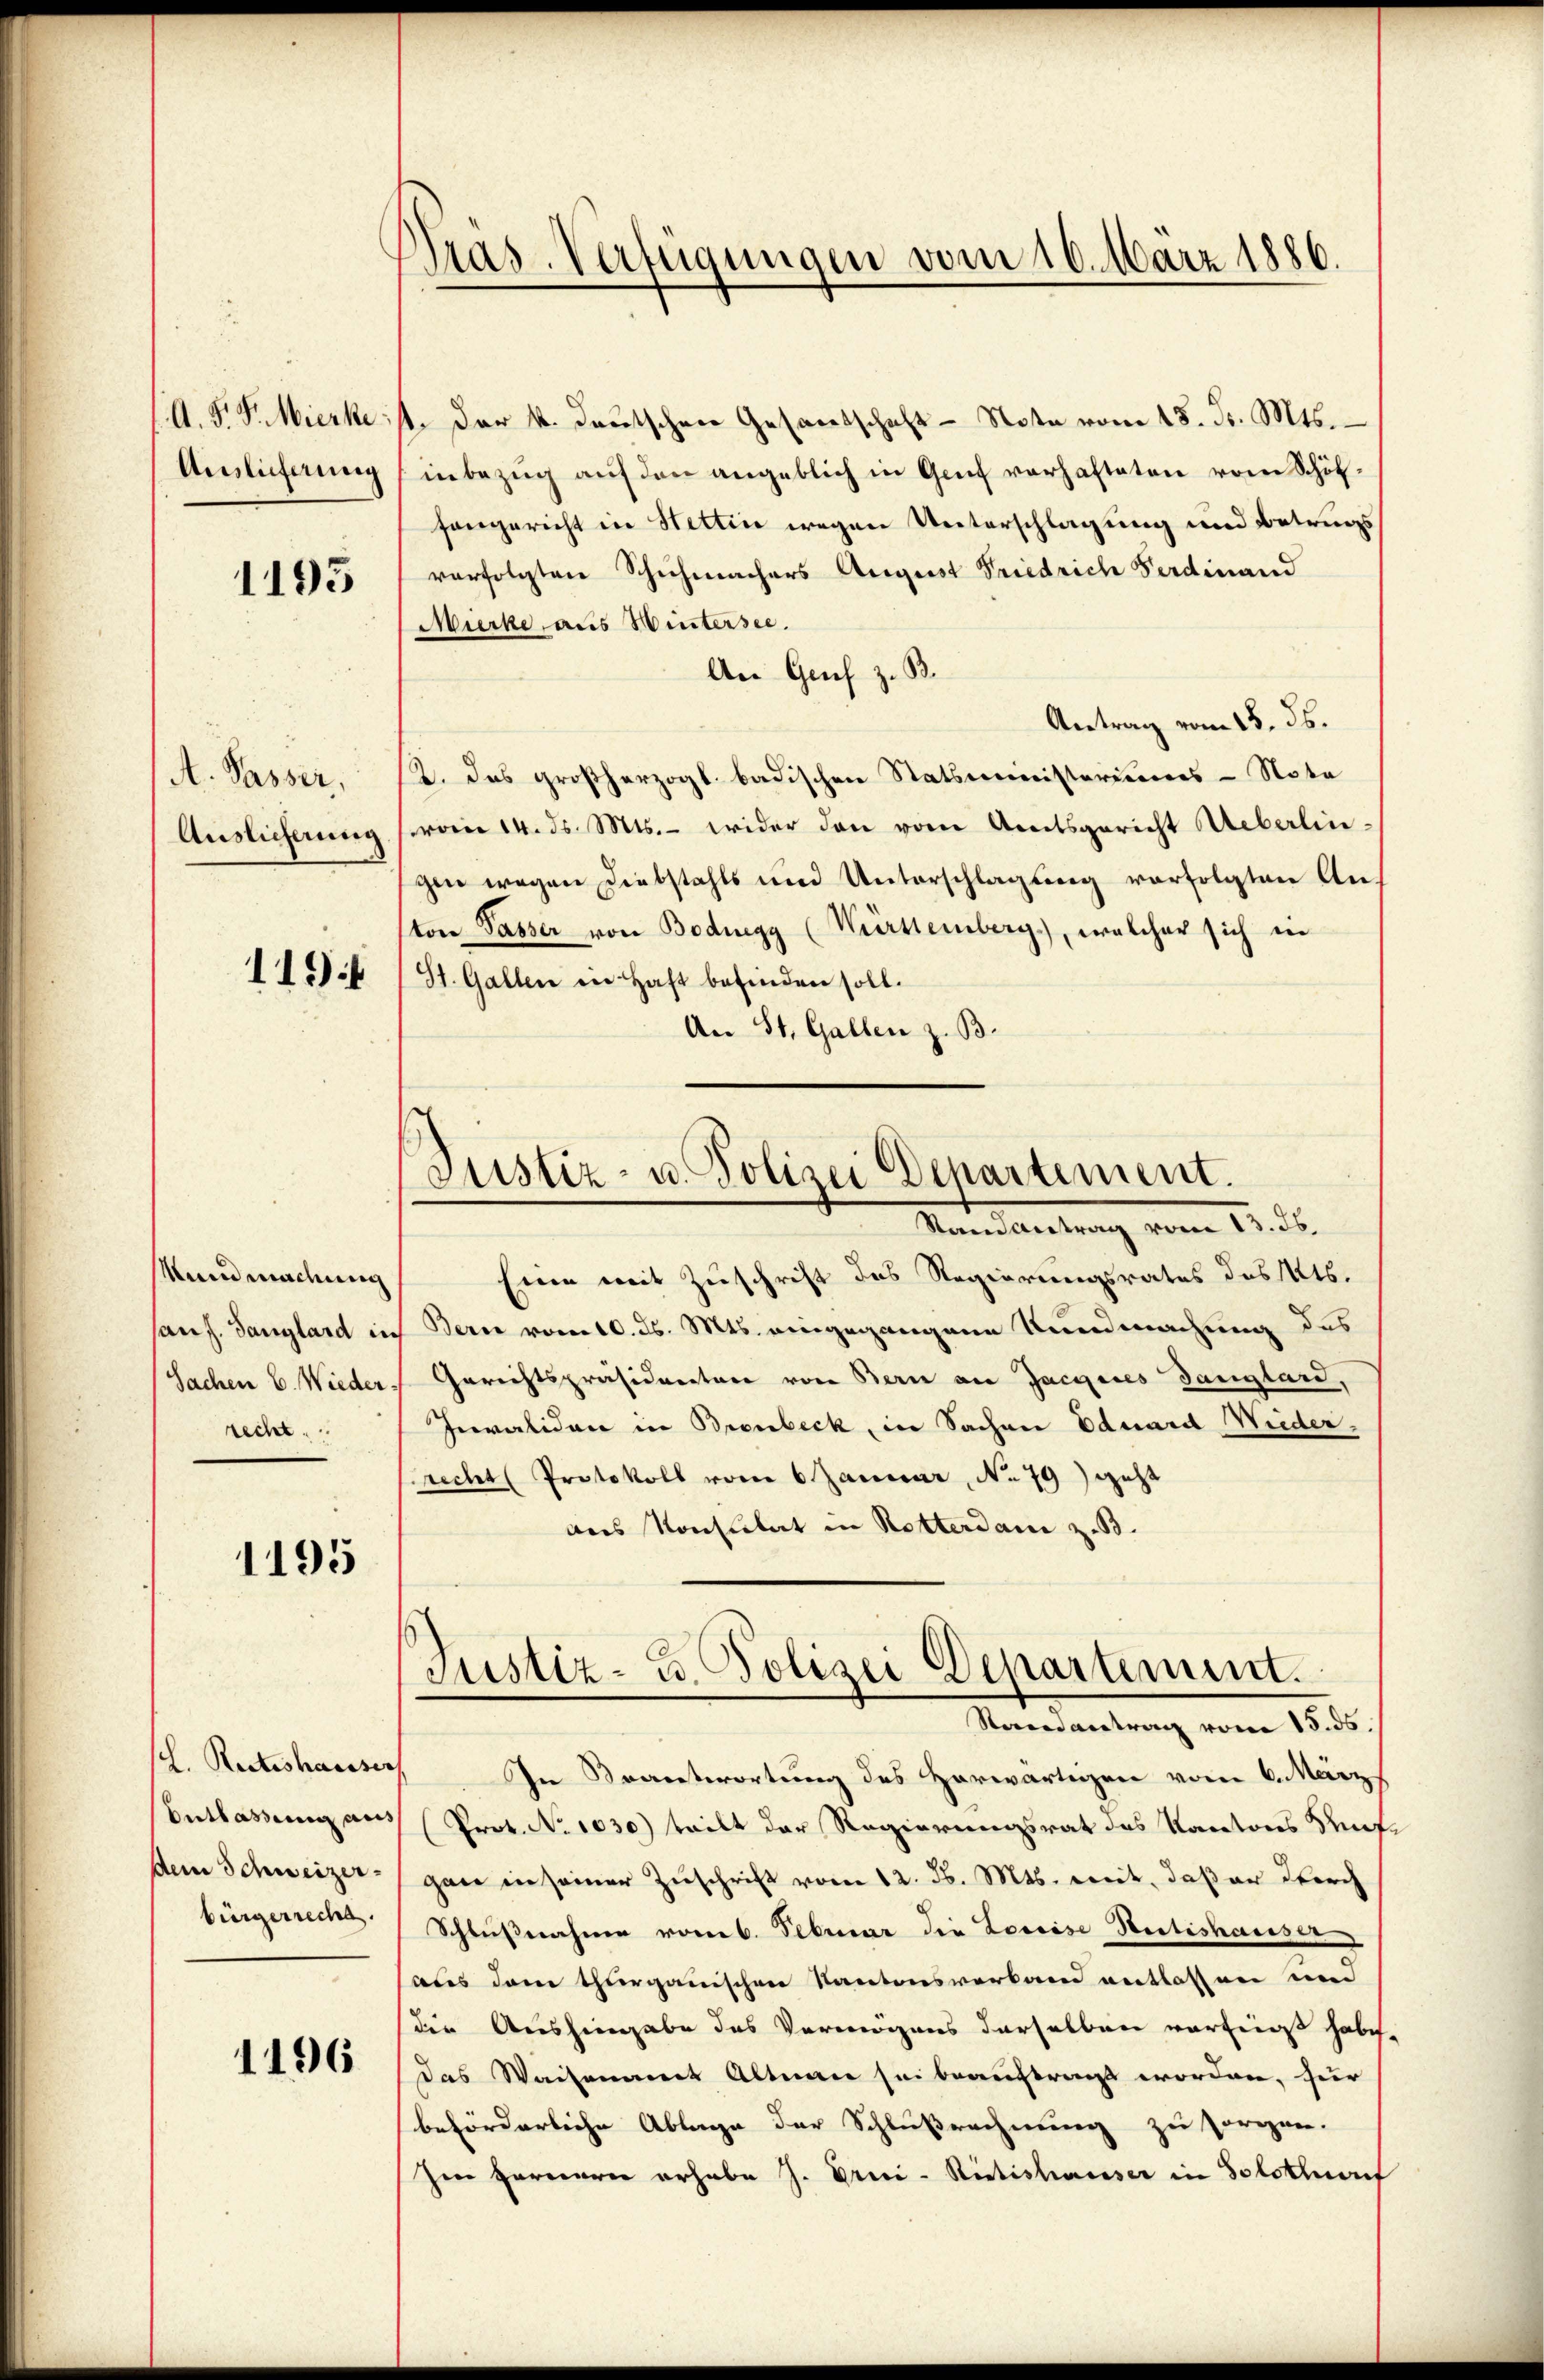
(A. F. P. Mierke.
Ainlicherung

1195

A. Passer,
Auslicherung

1494

Kundmachung
hanf. Ganglard in
Sachen C. Wieder
recht.

1195

Entlassung aus
dem Schweizerbürgerrecht.

1196

Pras-Verfügungen vom 16. März 1886.

1. Der k. deutschen Gesantschaft - Note vom 18. d. Mts.
inbezŭg aŭf den angeblich in Genf verhafteten vom Schöf-
fangericht in Hettin wegen Unterschlagung und Betrugs
vorfolgten Schuhmachers August Friedrich Ferdinand
Mierke aus Wintersee.
An Grif z. B.
Antrag vom 18. ds.
2. Das großherzogl. badischen Statsministerimes Nota
vom 14. ds. Mts. - wider den vom Amtsgericht Ueberlingen wegen Diebstahls und Unterschlagung verfolgten Anton Passer von Bodngy (Württemberg), welcher sich in
St. Gallen in Haft befinden soll.
An St. Gallen z. B.

Justiz- u. Polizei Departement.
Sinnerleitung vom 15. ds.

Justiz- u. Polizei Departiment.
Randantrag vom 15. ds.

Eine mit Zuschrift des Regierungsrates des Kts.
 Bern vom 10. ds. Mts. eingegangene Kundmachung des
Gerichtspräsideretare von Bern an Jacques Gangland,
Invaliden in Brenbeck, in Sachen Eduard Wiederrecht (Protokoll vom 6 Januar, No 79) geht
dus Konsulat in Rotterdan z. B.
sch. Recteshausser. In Beantwortung des Horwärtigen vom 6. März
Prot. No 1030) teilt der Regierungsrat des Kantons Ruf
gan in seiner Zuschrift vom 12. d. Mts. weit, daß an Kirch
Schlußnahme vom 6. Februar die Loccise Sectishauser
aus dem thurgauischen Kantonsverband entlassen und
die Aushingabe des Vermögens derselben verfaßt habe,
das Waisenamt Altmann sei beauftragt worden, für
beförderliche Ablage der Schlußrechnung zu sorgen.
Im Fernerer erhabe J. Grici-Ristishauser in Solothurf